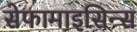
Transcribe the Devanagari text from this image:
सेफामाइसिन्स